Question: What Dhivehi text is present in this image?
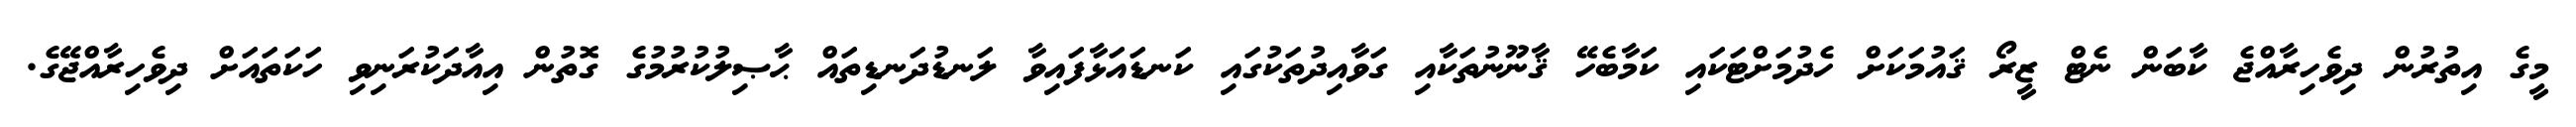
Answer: މީގެ އިތުރުން ދިވެހިރާއްޖެ ކާބަން ނެޓް ޒީރޯ ޤައުމަކަށް ހެދުމަށްޓަކައި ކަމާބެހޭ ޤާނޫނުތަކާއި ގަވާއިދުތަކުގައި ކަނޑައަޅާފައިވާ ލަނޑުދަނޑިތައް ޙާޞިލުކުރުމުގެ ގޮތުން އިއާދަކުރަނިވި ހަކަތައަށް ދިވެހިރާއްޖޭގެ.